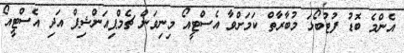
އެންމެ ބޮޑު ފުޓުބޯޅަ މުބާރާތް ކަމަށްވާ އެސްޓީއޯ މިނިވަން ޗެމްޕިއަންޝިޕް އަދި އެސްޓީއޯ